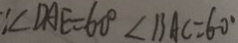
\because \angle D A E = 6 0 ^ { \circ } \angle B A C = 6 0 ^ { \circ }